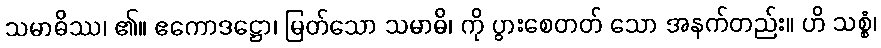
သမာဓိဿ၊ ၏။ ဧကောဒဋ္ဌော၊ မြတ်သော သမာဓိ၊ ကို ပွားစေတတ် သော အနက်တည်း။ ဟိ သစ္စံ၊